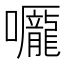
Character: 𡅃